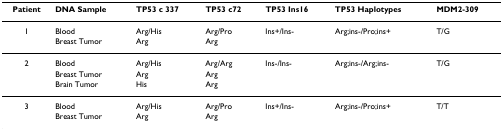
<table><thead><tr><td><b>Patient</b></td><td><b>DNA Sample</b></td><td><b>TP53 c 337</b></td><td><b>TP53 c72</b></td><td><b>TP53 Ins16</b></td><td><b>TP53 Haplotypes</b></td><td><b>MDM2-309</b></td></tr></thead><tbody><tr><td>1</td><td>Blood</td><td>Arg/His</td><td>Arg/Pro</td><td>Ins+/Ins-</td><td>Arg;ins-/Pro;ins+</td><td>T/G</td></tr><tr><td></td><td>Breast Tumor</td><td>Arg</td><td>Arg</td><td></td><td></td><td></td></tr><tr><td>2</td><td>Blood</td><td>Arg/His</td><td>Arg/Arg</td><td>Ins-/Ins-</td><td>Arg;ins-/Arg;ins-</td><td>T/G</td></tr><tr><td></td><td>Breast Tumor</td><td>Arg</td><td>Arg</td><td></td><td></td><td></td></tr><tr><td></td><td>Brain Tumor</td><td>His</td><td>Arg</td><td></td><td></td><td></td></tr><tr><td>3</td><td>Blood</td><td>Arg/His</td><td>Arg/Pro</td><td>Ins+/Ins-</td><td>Arg;ins-/Pro;ins+</td><td>T/T</td></tr><tr><td></td><td>Breast Tumor</td><td>Arg</td><td>Arg</td><td></td><td></td><td></td></tr></tbody></table>